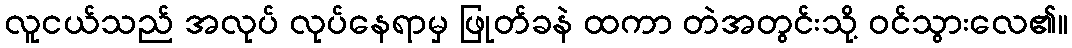
လူငယ်သည် အလုပ် လုပ်နေရာမှ ဖြုတ်ခနဲ ထကာ တဲအတွင်းသို့ ဝင်သွားလေ၏။